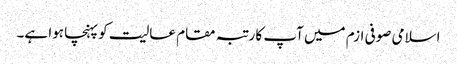
اسلامی صوفی ازم میں آپ کا رتبہ مقام عالیت کو پہنچا ہوا ہے۔